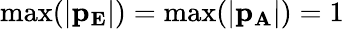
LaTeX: \mathrm{max}(\mathbf{|p_{E}|})=\mathrm{max}(\mathbf{|p_{A}|})=1